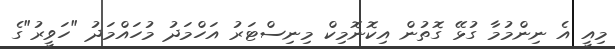
މިއީ އެ ނިންމުމާ ގުޅޭ ގޮތުން އިކޮނޮމިކް މިނިސްޓަރު އަހްމަދު މުހައްމަދު "ހަވީރު"ގެ